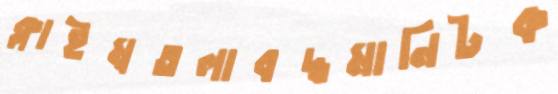
ক্লাইম্বতলাবদ্ধমানিটক